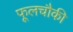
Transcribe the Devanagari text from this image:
फूलचौकी